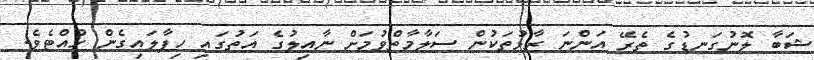
ޝަބާ ލޮނުގަނޑުގެ ތެރޭ އަންނަ ރާޅުތަކުން ސަލާމާތްވުމަށް ނާއިލުގެ އަތުގައި ހިފާލައިގެން ހުއްޓެވެ.